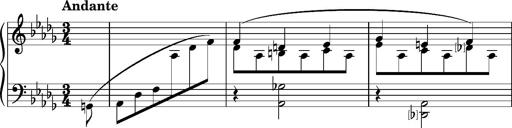
Title: KlavierstÃ¼ck in As-dur No.2 (S.189a/1)
Composer: Franz Liszt
Key: A